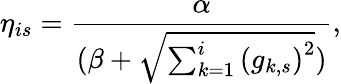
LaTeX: \eta_{is}=\frac{\alpha}{(\beta+\sqrt{\sum_{k=1}^{i}{(g_{k,s})}^{2}})},